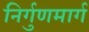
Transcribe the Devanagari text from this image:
निर्गुणमार्ग